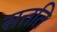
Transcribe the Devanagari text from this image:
सत्तति